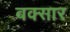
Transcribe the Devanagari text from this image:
बक्सार